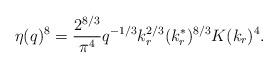
LaTeX: \begin{align*}\eta(q)^8=\frac{2^{8/3}}{\pi^4}q^{-1/3}k_r^{2/3}(k^*_r)^{8/3}K(k_r)^4.\end{align*}